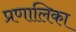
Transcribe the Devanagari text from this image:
प्रणालिका